65_HS1-834228961_62-HQ-83894_Serial_164
Agency: FBI
Page 56
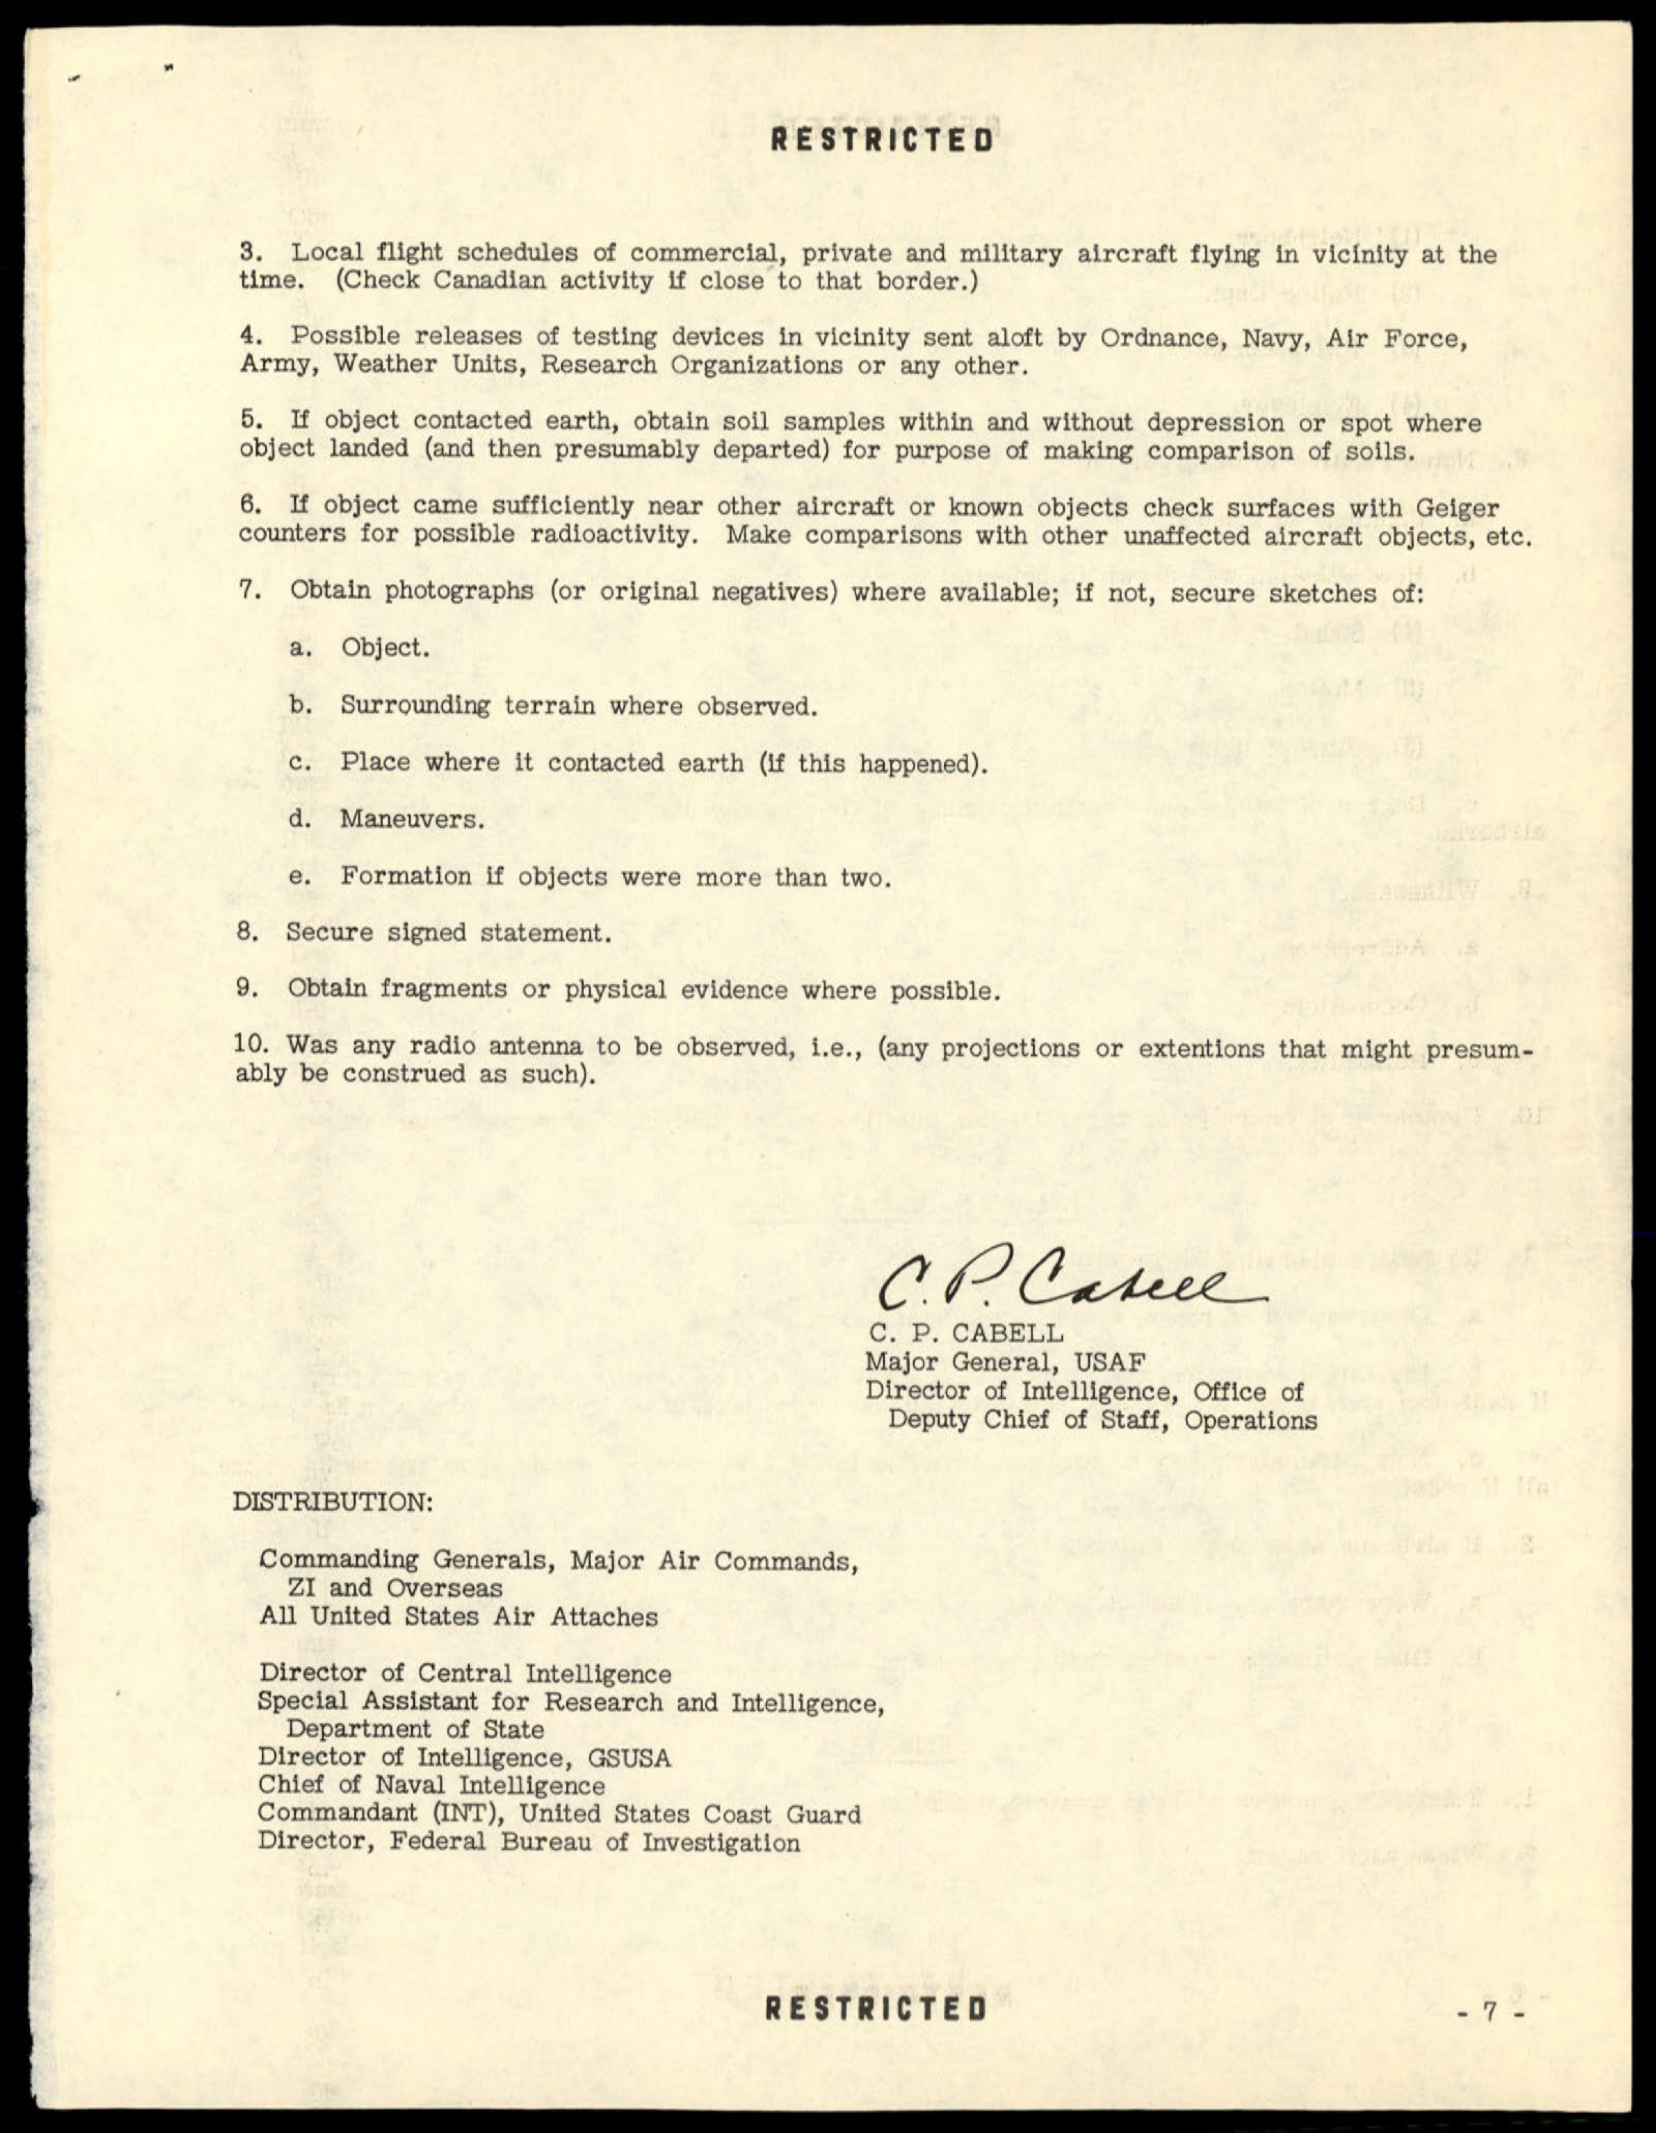